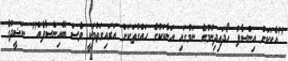
"އެކަކަށް އިންސާފު ހޯދައިދިނުމުގެ ނަމުގައި އަނެކަކުގެ ހައްގުތަކަށް އަރައިގަތުމަކީ ވެސް ބޭއިންސާފެއް" ނަޝީދުގެ